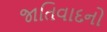
જાતિવાદનો